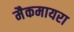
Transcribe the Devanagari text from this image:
मैकमायरा